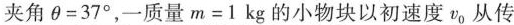
夹角$$\theta=37^{\circ}$$，一质量$$m=1kg$$的小物块以初速度v_{0}从传